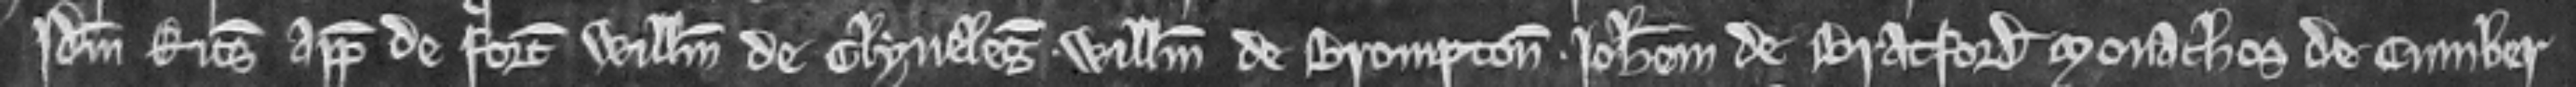
Idem Ricardus appellavit de forcia Willelmum de Clyveleg. Willelmum de Brompton. Johannem de Bratford monachos de Cumber